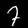
Label: 7